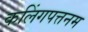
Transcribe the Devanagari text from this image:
कलिंगपत्तनम